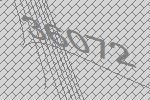
36072